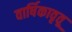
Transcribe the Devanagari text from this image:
वार्षिकावृतू